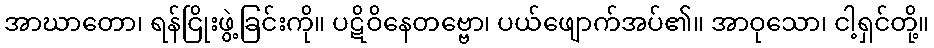
အာဃာတော၊ ရန်ငြိုးဖွဲ့ခြင်းကို။ ပဋိဝိနေတဗ္ဗော၊ ပယ်ဖျောက်အပ်၏။ အာဝုသော၊ ငါ့ရှင်တို့။